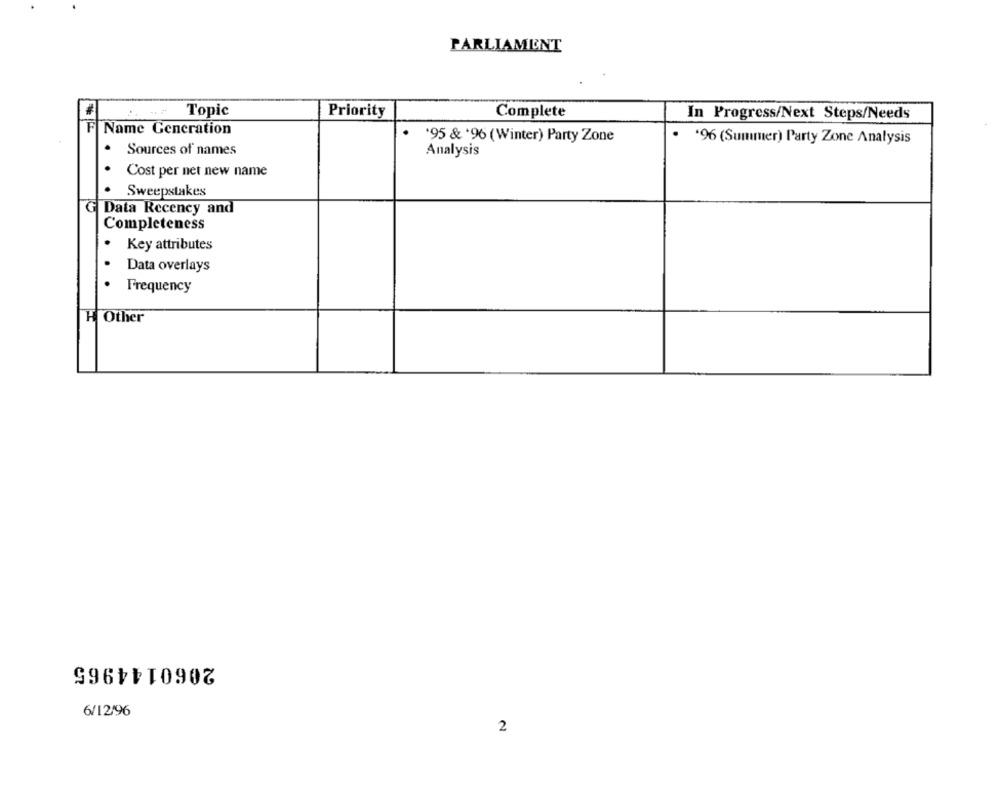
PARLIAMENT
Topic
Priority
Complete
In Progress/Next Steps/Needs
F Name Generation
'95 & '96 (Winter) Party Zone
'96 (Summer) Party Zone Analysis
Sources of names
Analysis
Cost per net new name
Sweepstakes
G Data Recency and
Completeness
. Key attributes
Data overlays
Frequency
H Other
2060144965
6/12/96
2